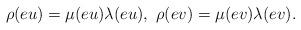
LaTeX: \begin{align*} \rho(eu)=\mu(eu)\lambda(eu), \ \rho(ev)=\mu(ev)\lambda(ev). \end{align*}